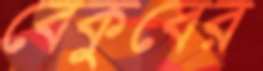
বেকুবের